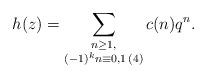
LaTeX: \begin{align*}h(z) = \sum_{\substack{n\geq 1,\\(-1)^kn \equiv 0,1 \,(4)}} c(n)q^n. \end{align*}